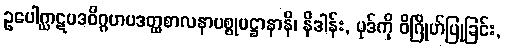
ဥပေါဂ္ဃာဋပဒဝိဂ္ဂဟပဒတ္ထစာလနာပစ္စုပဋ္ဌာနာနိ၊ နိဒါန်း, ပုဒ်ကို ဝိဂြိုဟ်ပြုခြင်း,